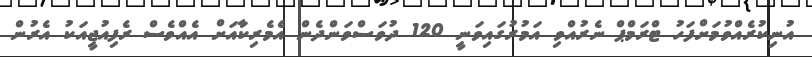
އުނިކުރެއްވުމަށްފަހު ޓްރަމްޕް ނެރުއްވި އަމުރުގައިވަނީ 120 ދުވަސްވަންދެން އެމެރިކާއަށް އެއްވެސް ރެފިއުޖީއަކު އެރުން